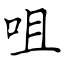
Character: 咀